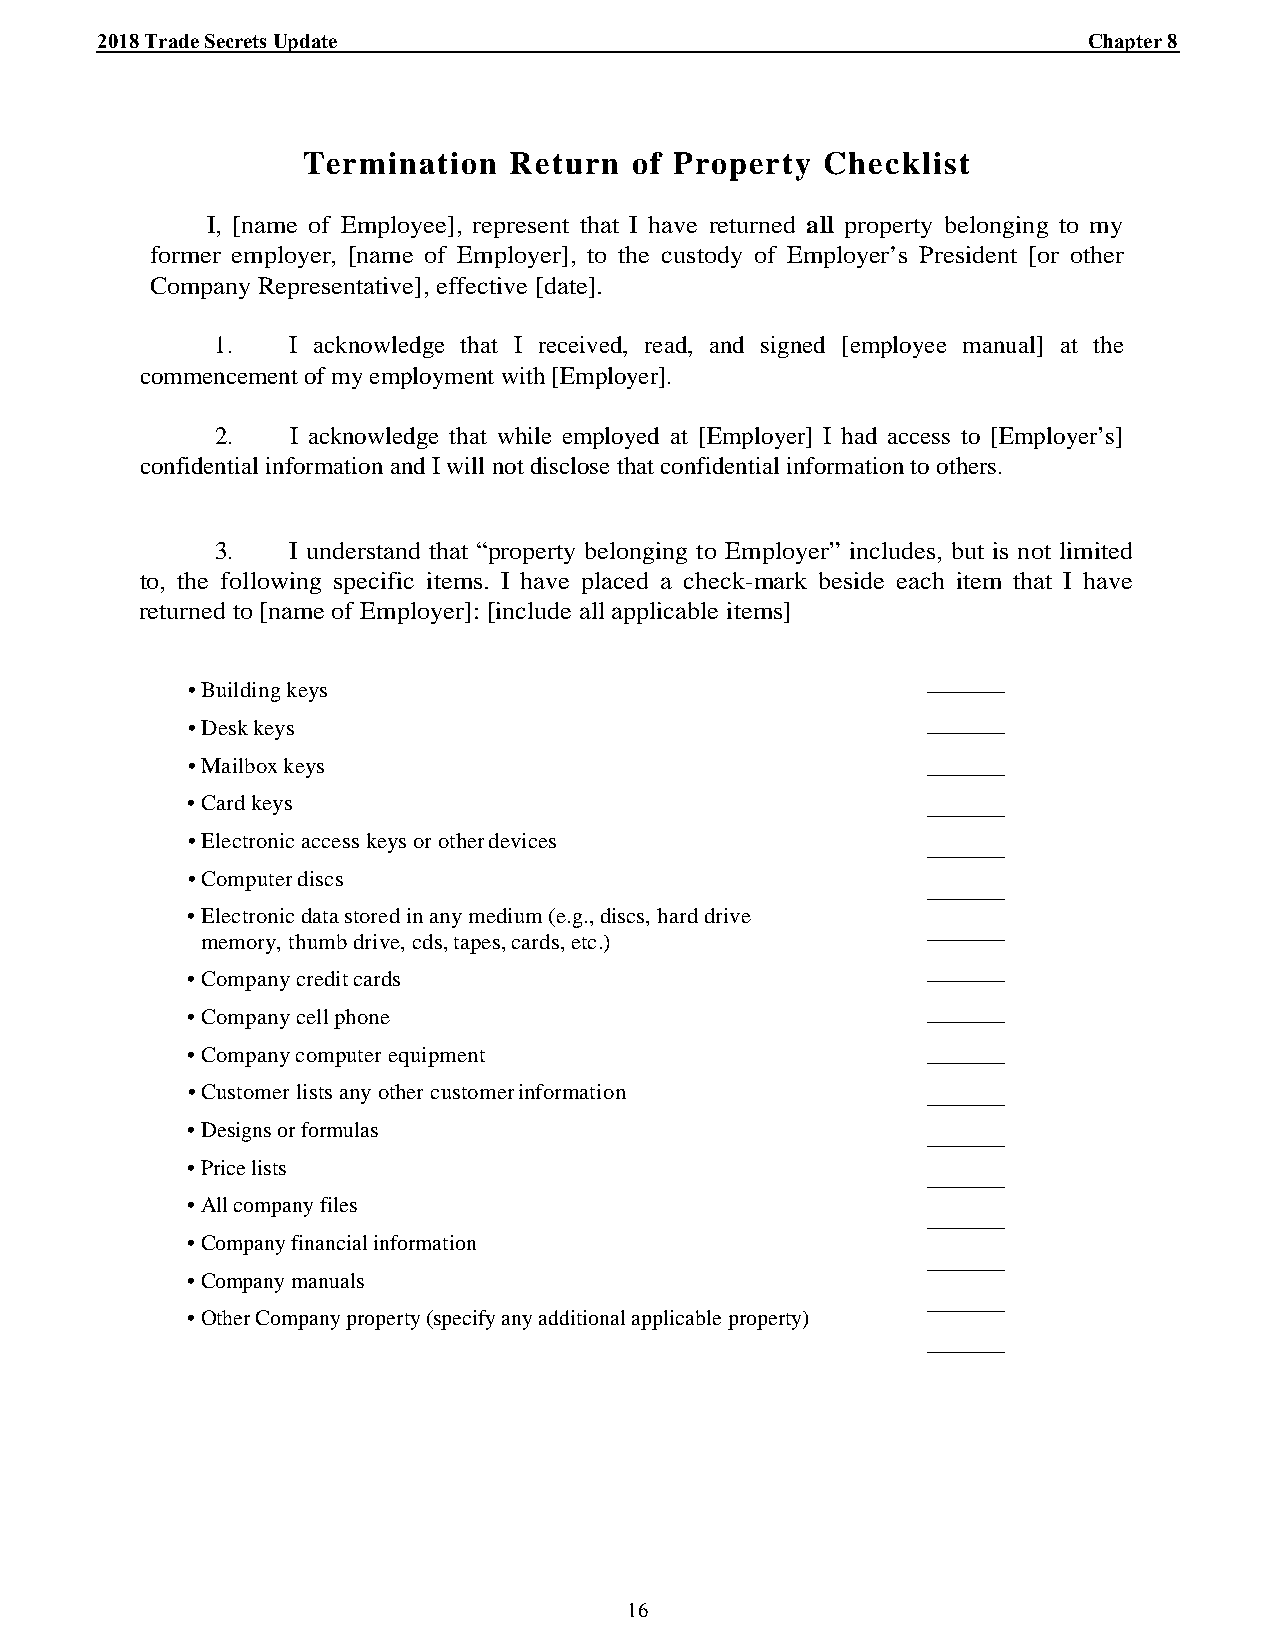
_2_0_1_8_ T_r_a_d_e_ _S_e_c_r_e_ts_ U__p_d_a_t_e_________________________________________________________________________C_h_a_p_t_e_r_ 8_
 Termination   Return  of Property  Checklist
 I, [name of Employee], represent that I have returned all property belonging to my
 former employer, [name of Employer], to the custody of Employer’s President [or other
 Company Representative], effective [date].
 1.   I acknowledge that I received, read, and signed [employee manual] at the
 commencement of my employment with [Employer].
 2.   I acknowledge that while employed at [Employer] I had access to [Employer’s]
 confidential information and I will not disclose that confidential information to others.
 3.   I understand that “property belonging to Employer” includes, but is not limited
 to, the following specific items. I have placed a check-mark beside each item that I have
 returned to [name of Employer]: [include all applicable items]
 ______
 • Building keys
 • Desk keys                                      ______
 • Mailbox keys                                   ______
 • Card keys                                      ______
 • Electronic access keys or other devices        ______
 • Computer discs
 ______
 • Electronic data stored in any medium (e.g., discs, hard drive
 ______
 memory, thumb drive, cds, tapes, cards, etc.)
 ______
 • Company credit cards
 • Company cell phone                             ______
 • Company computer equipment                     ______
 • Customer lists any other customer information  ______
 • Designs or formulas                            ______
 • Price lists
 ______
 • All company files
 ______
 • Company financial information
 ______
 • Company manuals
 ______
 • Other Company property (specify any additional applicable property)
 ______
 16